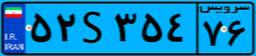
۴۳S۶۶۸۷۱